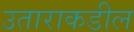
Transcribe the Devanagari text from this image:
उताराकडील